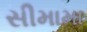
સીમામા